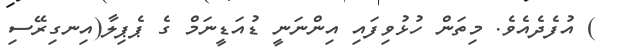
) އުފެދެއެވެ. މިތަން ހުޅުވިފައި އިންނަނީ ޑުއަޑީނަމް ގެ ޕެޕިލާ(އިނގިރޭސި